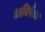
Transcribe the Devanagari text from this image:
अविषैला